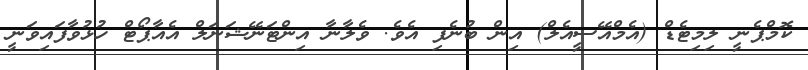
ކޮމްޕެނީ ލިމިޓެޑް (އެމްއޭސީއެލް) އިން ބުނެފި އެވެ. ވެލާނާ އިންޓަނޭޝަނަލް އެއާޕޯޓް ހުޅުވާފައިވަނީ